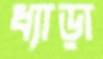
ধ্যাড়া